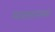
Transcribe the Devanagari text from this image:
मनासारख्या